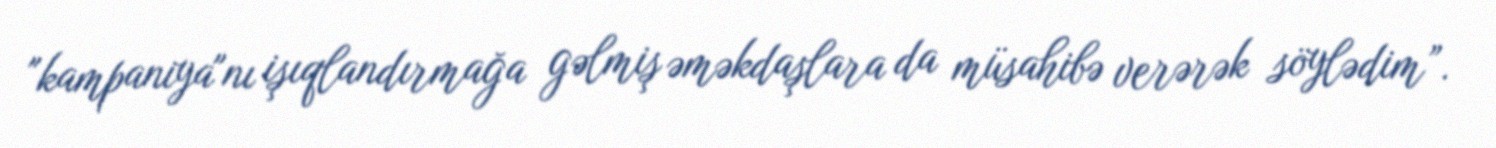
"kampaniya"nı işıqlandırmağa gəlmiş əməkdaşlara da müsahibə verərək söylədim”.